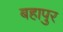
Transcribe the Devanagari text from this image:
बहापुर